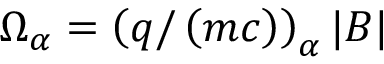
\Omega _ { \alpha } = \left( q / \left( m c \right) \right) _ { \alpha } | \boldsymbol { B } |